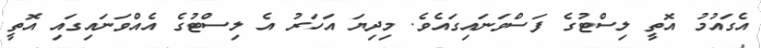
އެގައުމު އޮތީ ލިސްޓުގެ ފަސްވަނައިގައެވެ. މިިދިޔަ އަހަރު އެ ލިސްޓުގެ އެއްވަނައިގައި އޮތީ